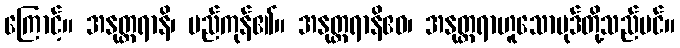
ကြောင့်။ အနုတ္တရာနိ၊ မည်ကုန်၏။ အနုတ္တရာနိဧဝ၊ အနုတ္တရာဟူသောပုဒ်တို့သည်ပင်။